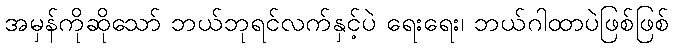
အမှန်ကိုဆိုသော် ဘယ်ဘုရင်လက်နှင့်ပဲ ရေးရေး၊ ဘယ်ဂါထာပဲဖြစ်ဖြစ်